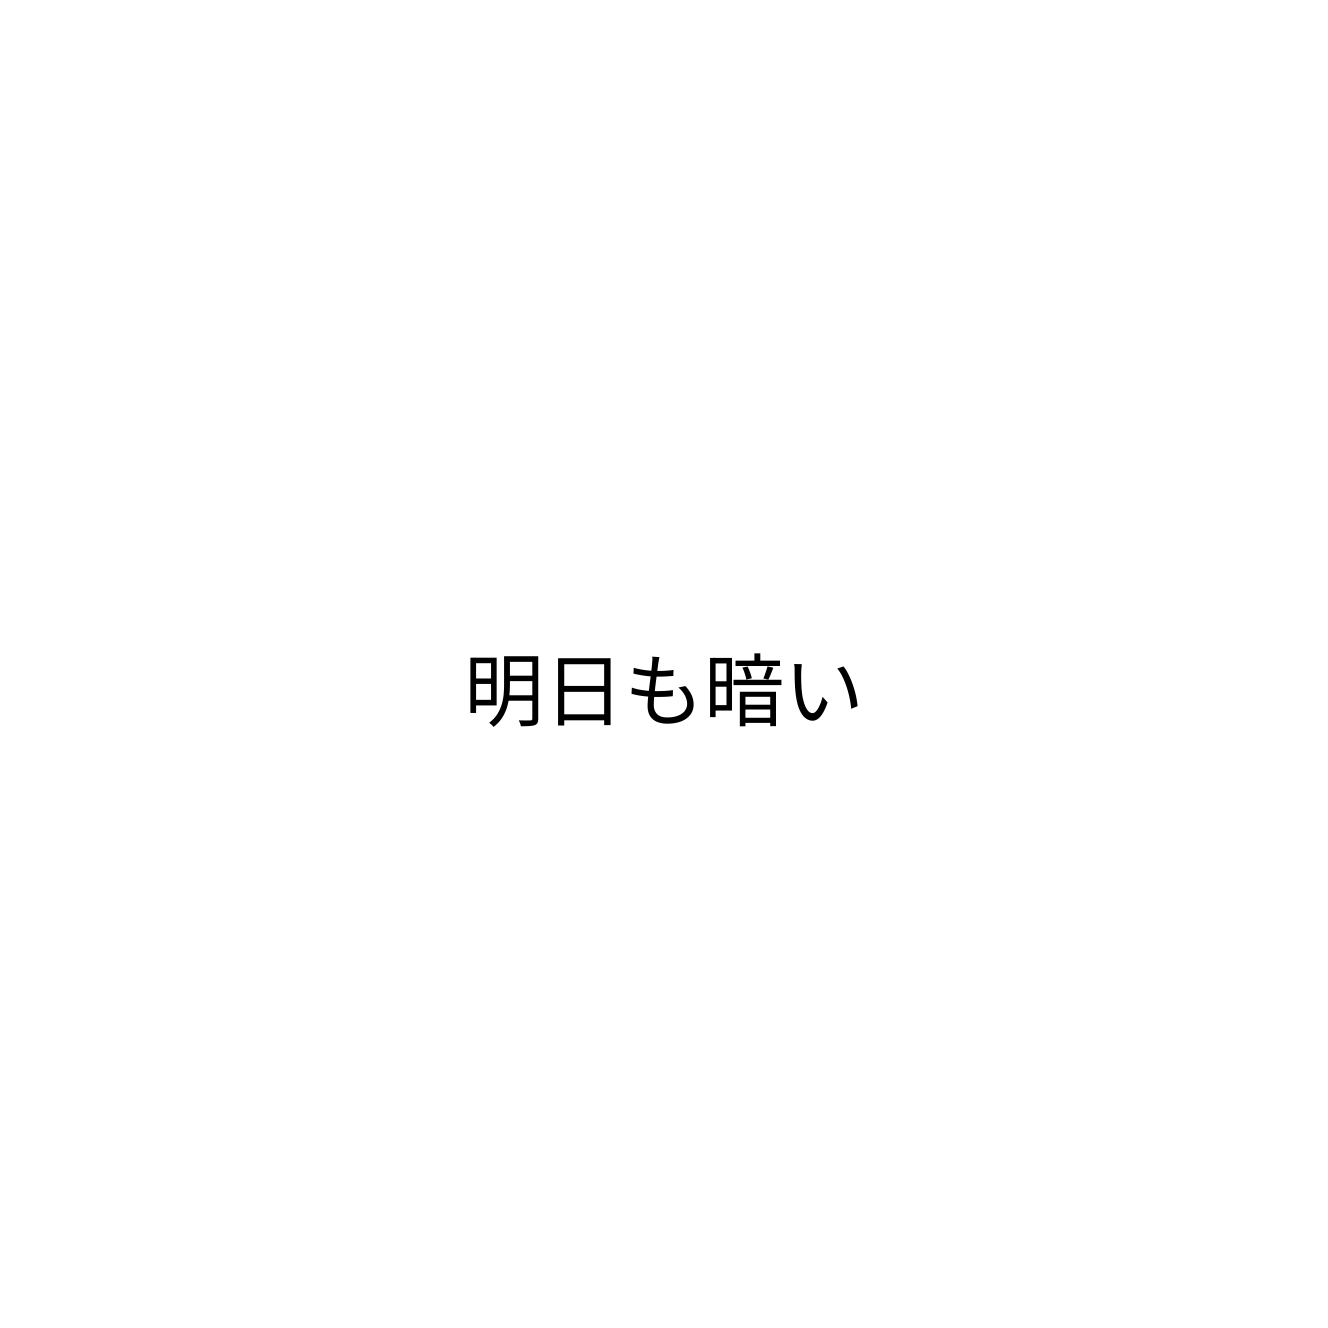
明日も暗い